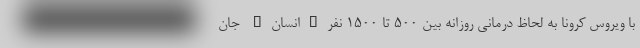
با ویروس کرونا به لحاظ درمانی روزانه بین 500 تا 1500 نفر"انسان" جان